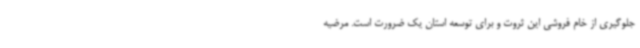
جلوگیری از خام فروشی این ثروت و برای توسعه استان یک ضرورت است. مرضیه